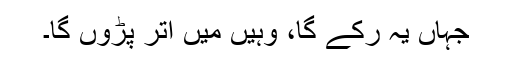
جہاں یہ رکے گا، وہیں میں اتر پڑوں گا۔